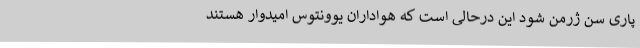
پاری سن ژرمن شود این درحالی است که هواداران یوونتوس امیدوار هستند